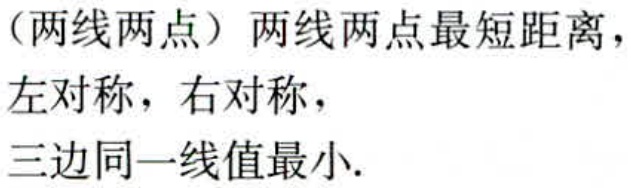
（两线两点）两线两点最短距离，

左对称，右对称，

三边同一线值最小.